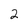
Character: 2